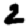
Digit: 2